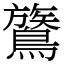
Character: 鷟